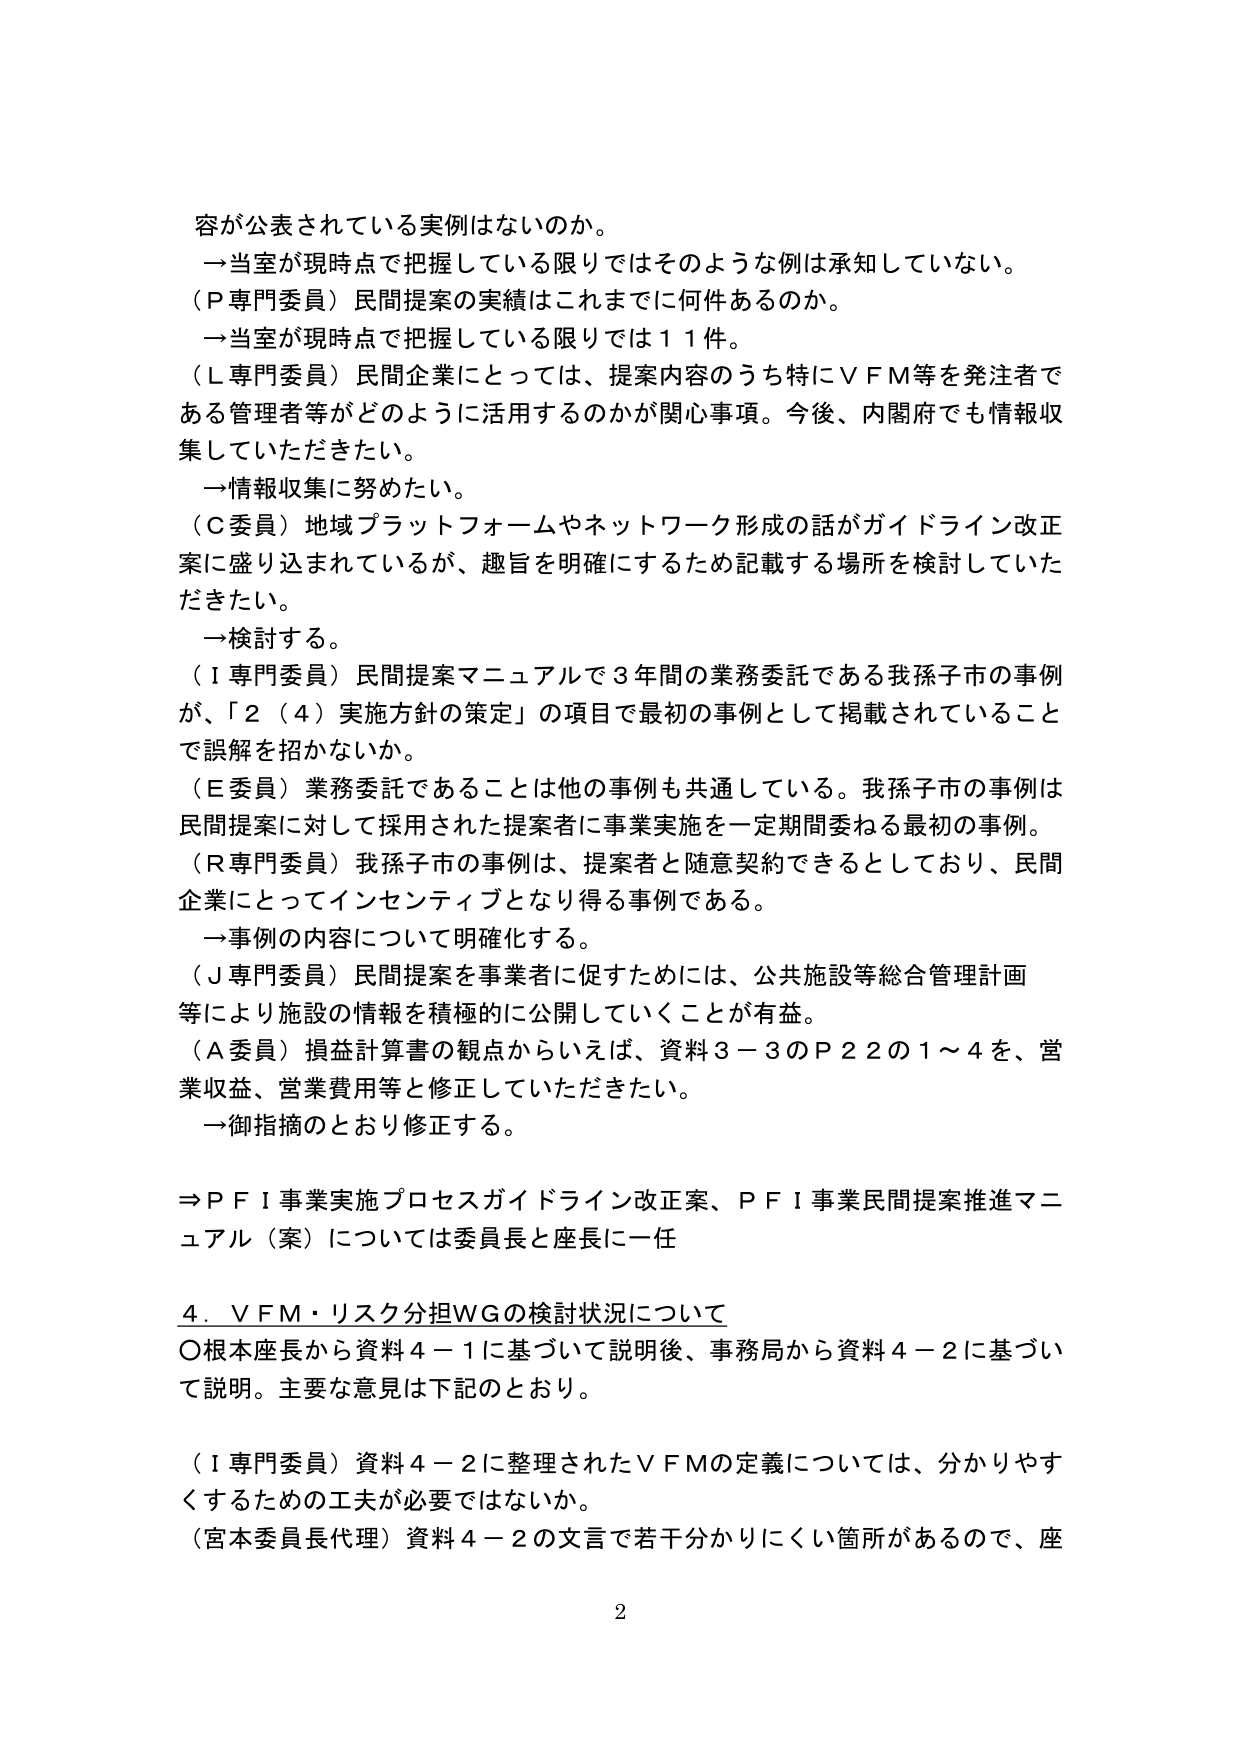
容が公表されている実例はないのか。
→当室が現時点で把握している限りではそのような例は承知していない。
（Ｐ専門委員）民間提案の実績はこれまでに何件あるのか。
→当室が現時点で把握している限りでは１１件。
（Ｌ専門委員）民間企業にとっては、提案内容のうち特にＶＦＭ等を発注者である管理者等がどのように活用するのかが関心事項。今後、内閣府でも情報収集していただきたい。
→情報収集に努めたい。
（Ｃ委員）地域プラットフォームやネットワーク形成の話がガイドライン改正案に盛り込まれているが、趣旨を明確にするため記載する場所を検討していただきたい。
→検討する。
（Ｉ専門委員）民間提案マニュアルで３年間の業務委託である我孫子市の事例が、「２（４）実施方針の策定」の項目で最初の事例として掲載されていることで誤解を招かないか。
（Ｅ委員）業務委託であることは他の事例も共通している。我孫子市の事例は民間提案に対して採用された提案者に事業実施を一定期間委ねる最初の事例。
（Ｒ専門委員）我孫子市の事例は、提案者と随意契約できるとしており、民間企業にとってインセンティブとなり得る事例である。
→事例の内容について明確化する。
（Ｊ専門委員）民間提案を事業者に促すためには、公共施設等総合管理計画等により施設の情報を積極的に公開していくことが有益。
（Ａ委員）損益計算書の観点からいえば、資料３－３のＰ２２の１～４を、営業収益、営業費用等と修正していただきたい。
→御指摘のとおり修正する。

⇒ＰＦＩ事業実施プロセスガイドライン改正案、ＰＦＩ事業民間提案推進マニュアル（案）については委員長と座長に一任

４．ＶＦＭ・リスク分担ＷＧの検討状況について
〇根本座長から資料４－１に基づいて説明後、事務局から資料４－２に基づいて説明。主要な意見は下記のとおり。

（Ｉ専門委員）資料４－２に整理されたＶＦＭの定義については、分かりやすくするための工夫が必要ではないか。
（宮本委員長代理）資料４－２の文言で若干分かりにくい箇所があるので、座

2